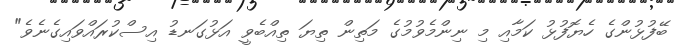
ބޭފުޅުންގެ ހެޔޮފުޅު ކަމާއި މި ނިންމެވުމުގެ މަތިން ތިޔަ ތިއްބެވީ އަޅުގަނޑު އިސްކުރައްވައިގެނެވެ"